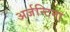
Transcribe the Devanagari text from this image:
अर्जन्टिना